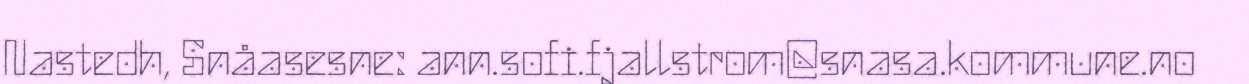
Nastedh, Snåasesne: ann.sofi.fjallstrom@snasa.kommune.no